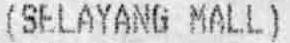
(SELAYANG MALL)